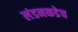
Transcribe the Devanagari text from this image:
लंडनकडेच